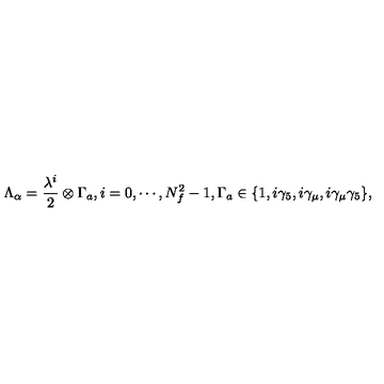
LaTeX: \Lambda _ { \alpha } = { \frac { \lambda ^ { i } } { 2 } } \otimes \Gamma _ { a } , i = 0 , \cdots , N _ { f } ^ { 2 } - 1 , \Gamma _ { a } \in \{ 1 , i \gamma _ { 5 } , i \gamma _ { \mu } , i \gamma _ { \mu } \gamma _ { 5 } \} ,